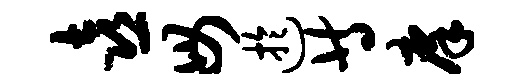
喜毋迂等庠